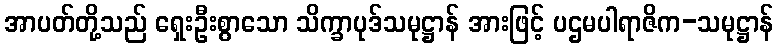
အာပတ်တို့သည် ရှေးဦးစွာသော သိက္ခာပုဒ်သမုဋ္ဌာန် အားဖြင့် ပဌမပါရာဇိက-သမုဋ္ဌာန်